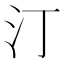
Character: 汀